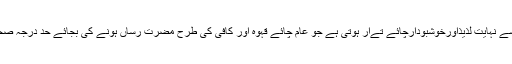
سیب کے چھلکے سے نہایت لذیذاورخوشبودارچائے تےار ہوتی ہے جو عام چائے قہوہ اور کافی کی طرح مضرت رساں ہونے کی بجائے حد درجہ صحت بخش پائی گئی ۔